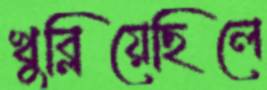
খুব্‌লিয়েছিলে